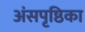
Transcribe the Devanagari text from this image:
अंसपृष्ठिका